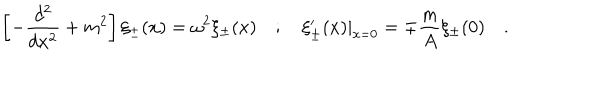
\left[ - \frac { d ^ { 2 } } { d x ^ { 2 } } + m ^ { 2 } \right] \xi _ { \pm } ( x ) = \omega ^ { 2 } \xi _ { \pm } ( x ) \quad ; \quad \xi _ { \pm } ^ { \prime } ( x ) | _ { x = 0 } = \mp \frac { m } { A } \xi _ { \pm } ( 0 ) \quad .